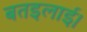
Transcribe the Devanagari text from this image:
बतइलाई।